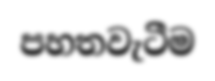
පහතවැටීම